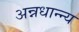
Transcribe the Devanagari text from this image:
अन्नधान्न्य